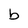
Character: b